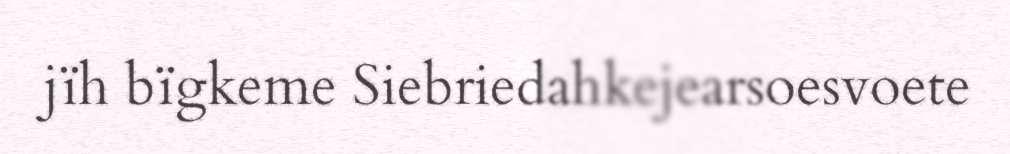
jïh bïgkeme Siebriedahkejearsoesvoete